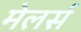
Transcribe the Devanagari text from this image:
मेलर्स